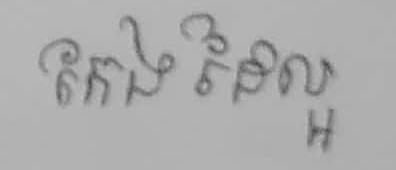
កែងដៃល្អ